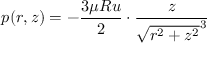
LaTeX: p ( r , z ) = - { \frac { 3 \mu R u } { 2 } } \cdot { \frac { z } { { \sqrt { r ^ { 2 } + z ^ { 2 } } } ^ { 3 } } }